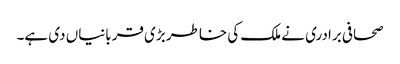
صحافی برادری نے ملک کی خاطر بڑی قربانیاں دی ہے۔